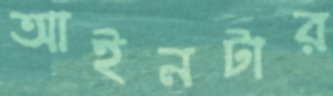
আইনটার